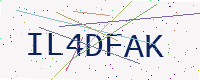
Text: IL4DFAK